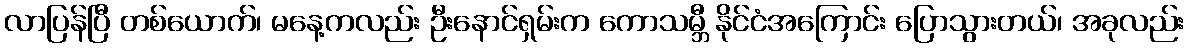
လာပြန်ပြီ တစ်ယောက်၊ မနေ့ကလည်း ဦးနောင်ရှမ်းက ကောသမ္ဘီ နိုင်ငံအကြောင်း ပြောသွားတယ်၊ အခုလည်း